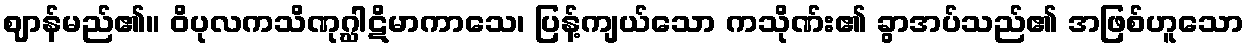
ဈာန်မည်၏။ ဝိပုလကသိဏုဂ္ဃါဋိမာကာသေ၊ ပြန့်ကျယ်သော ကသိုဏ်း၏ ခွာအပ်သည်၏ အဖြစ်ဟူသော